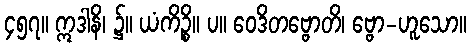
၄၅၇။ ဣဒါနိ၊ ၌။ ယံကိဉ္စိ။ ပ။ ဝေဒိတဗ္ဗောတိ၊ ဗ္ဗော-ဟူသော။